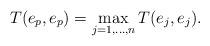
LaTeX: \begin{align*}T(e_p,e_p)=\max_{j=1,\ldots,n}T(e_j,e_j).\end{align*}